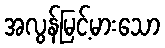
အလွန်မြင့်မားသော